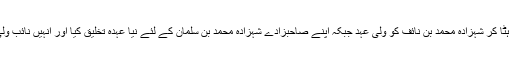
شہزادہ مقرن کو ہٹا کر شہزادہ محمد بن نائف کو ولی عہد جبکہ اپنے صاحبزادے شہزادہ محمد بن سلمان کے لئے نیا عہدہ تخلیق کیا اور اُنہیں نائب ولی عہد بنا دیا گیا۔